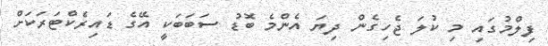
ފިލްމުގައި މި ކުލަ ޖެހިގެން ދިޔަ އެންމެ ބޮޑު ސަބަބަކީ އޭގެ ޑައިރެކްޓަރަކަށް